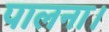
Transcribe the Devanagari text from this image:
पालना।